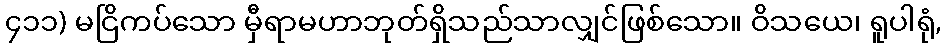
၄၁၁) မငြိကပ်သော မှီရာမဟာဘုတ်ရှိသည်သာလျှင်ဖြစ်သော။ ဝိသယေ၊ ရူပါရုံ,